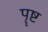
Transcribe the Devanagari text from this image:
पॄष्ट